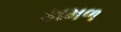
કામળ